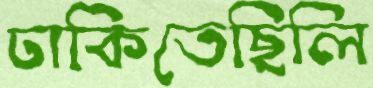
ঢাকিতেছিলি